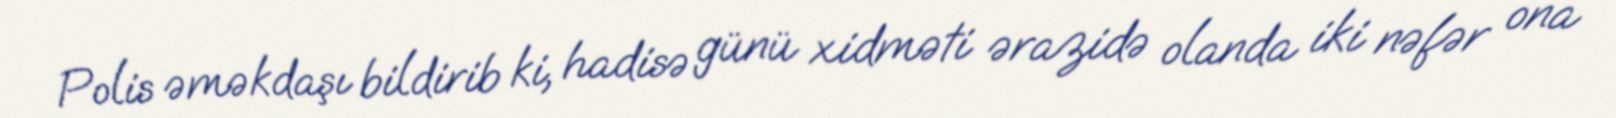
Polis əməkdaşı bildirib ki, hadisə günü xidməti ərazidə olanda iki nəfər ona